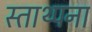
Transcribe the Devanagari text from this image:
स्ताथ्पना